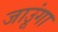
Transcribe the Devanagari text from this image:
जाउूंगा